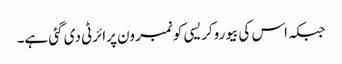
جبکہ اس کی بیوروکریسی کو نمبرون پرائرٹی دی گئی ہے۔